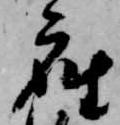
座